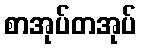
စာအုပ်တအုပ်